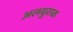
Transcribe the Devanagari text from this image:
अलबुराक